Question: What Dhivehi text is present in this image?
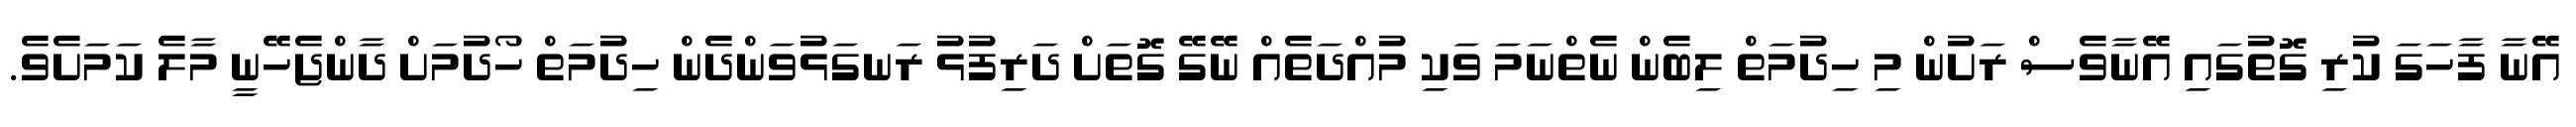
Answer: އޭނާ ފާހަގަ ކުރި ގޮތުގައި އޭނާވެސް ރަށުން މި ހިދުމަތް ލިބެން ނެތްނަމަ ވަކި މުއްދަތެއް ނޭގޭ ގޮތަށް ދަރިފުޅު ރަނގަޅުވަންދެން ހިދުމަތް ހޯދުމަށް ދާންޖެހޭނީ މާލެ ކަމަށެވެ.